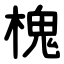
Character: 槐